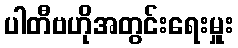
ပါတီဗဟိုအတွင်းရေးမှူး